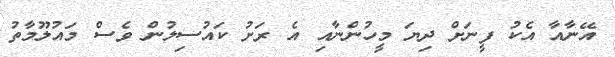
އޭނާއާ އެކު ފީނަށް ދިޔަ މީހުންނާއި އެ ރަށު ކައުސިލުން ވެސް މައުލޫމާތު